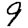
Digit: 9